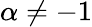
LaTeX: \alpha\ne-1